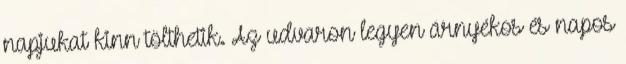
napjukat kinn tölthetik. Az udvaron legyen árnyékos és napos